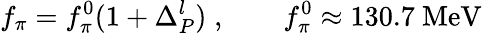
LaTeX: f_{\pi}=f_{\pi}^{0}(1+\Delta_{P}^{l})\; ,\qquad f_{\pi}^{0}\approx 130.7~\mathrm{MeV}